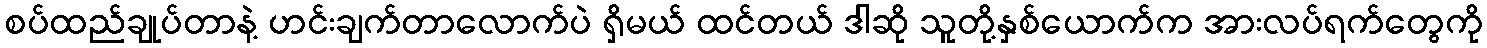
စပ်ထည်ချုပ်တာနဲ့ ဟင်းချက်တာလောက်ပဲ ရှိမယ် ထင်တယ် ဒါဆို သူတို့နှစ်ယောက်က အားလပ်ရက်တွေကို